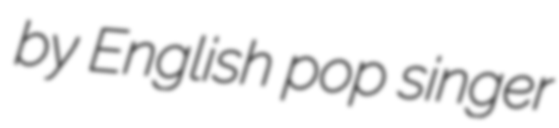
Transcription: by English pop singer